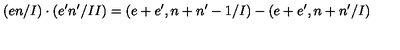
( e n / I ) \cdot ( e ^ { \prime } n ^ { \prime } / I I ) = ( e + e ^ { \prime } , n + n ^ { \prime } - 1 / I ) - ( e + e ^ { \prime } , n + n ^ { \prime } / I )